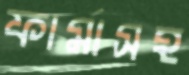
ফার্মাসহ